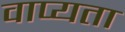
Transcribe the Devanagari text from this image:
वाप्यता